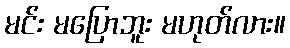
မင်း မပြောဘူး မဟုတ်လား။